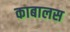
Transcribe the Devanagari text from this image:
काबालस